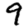
Digit: 9